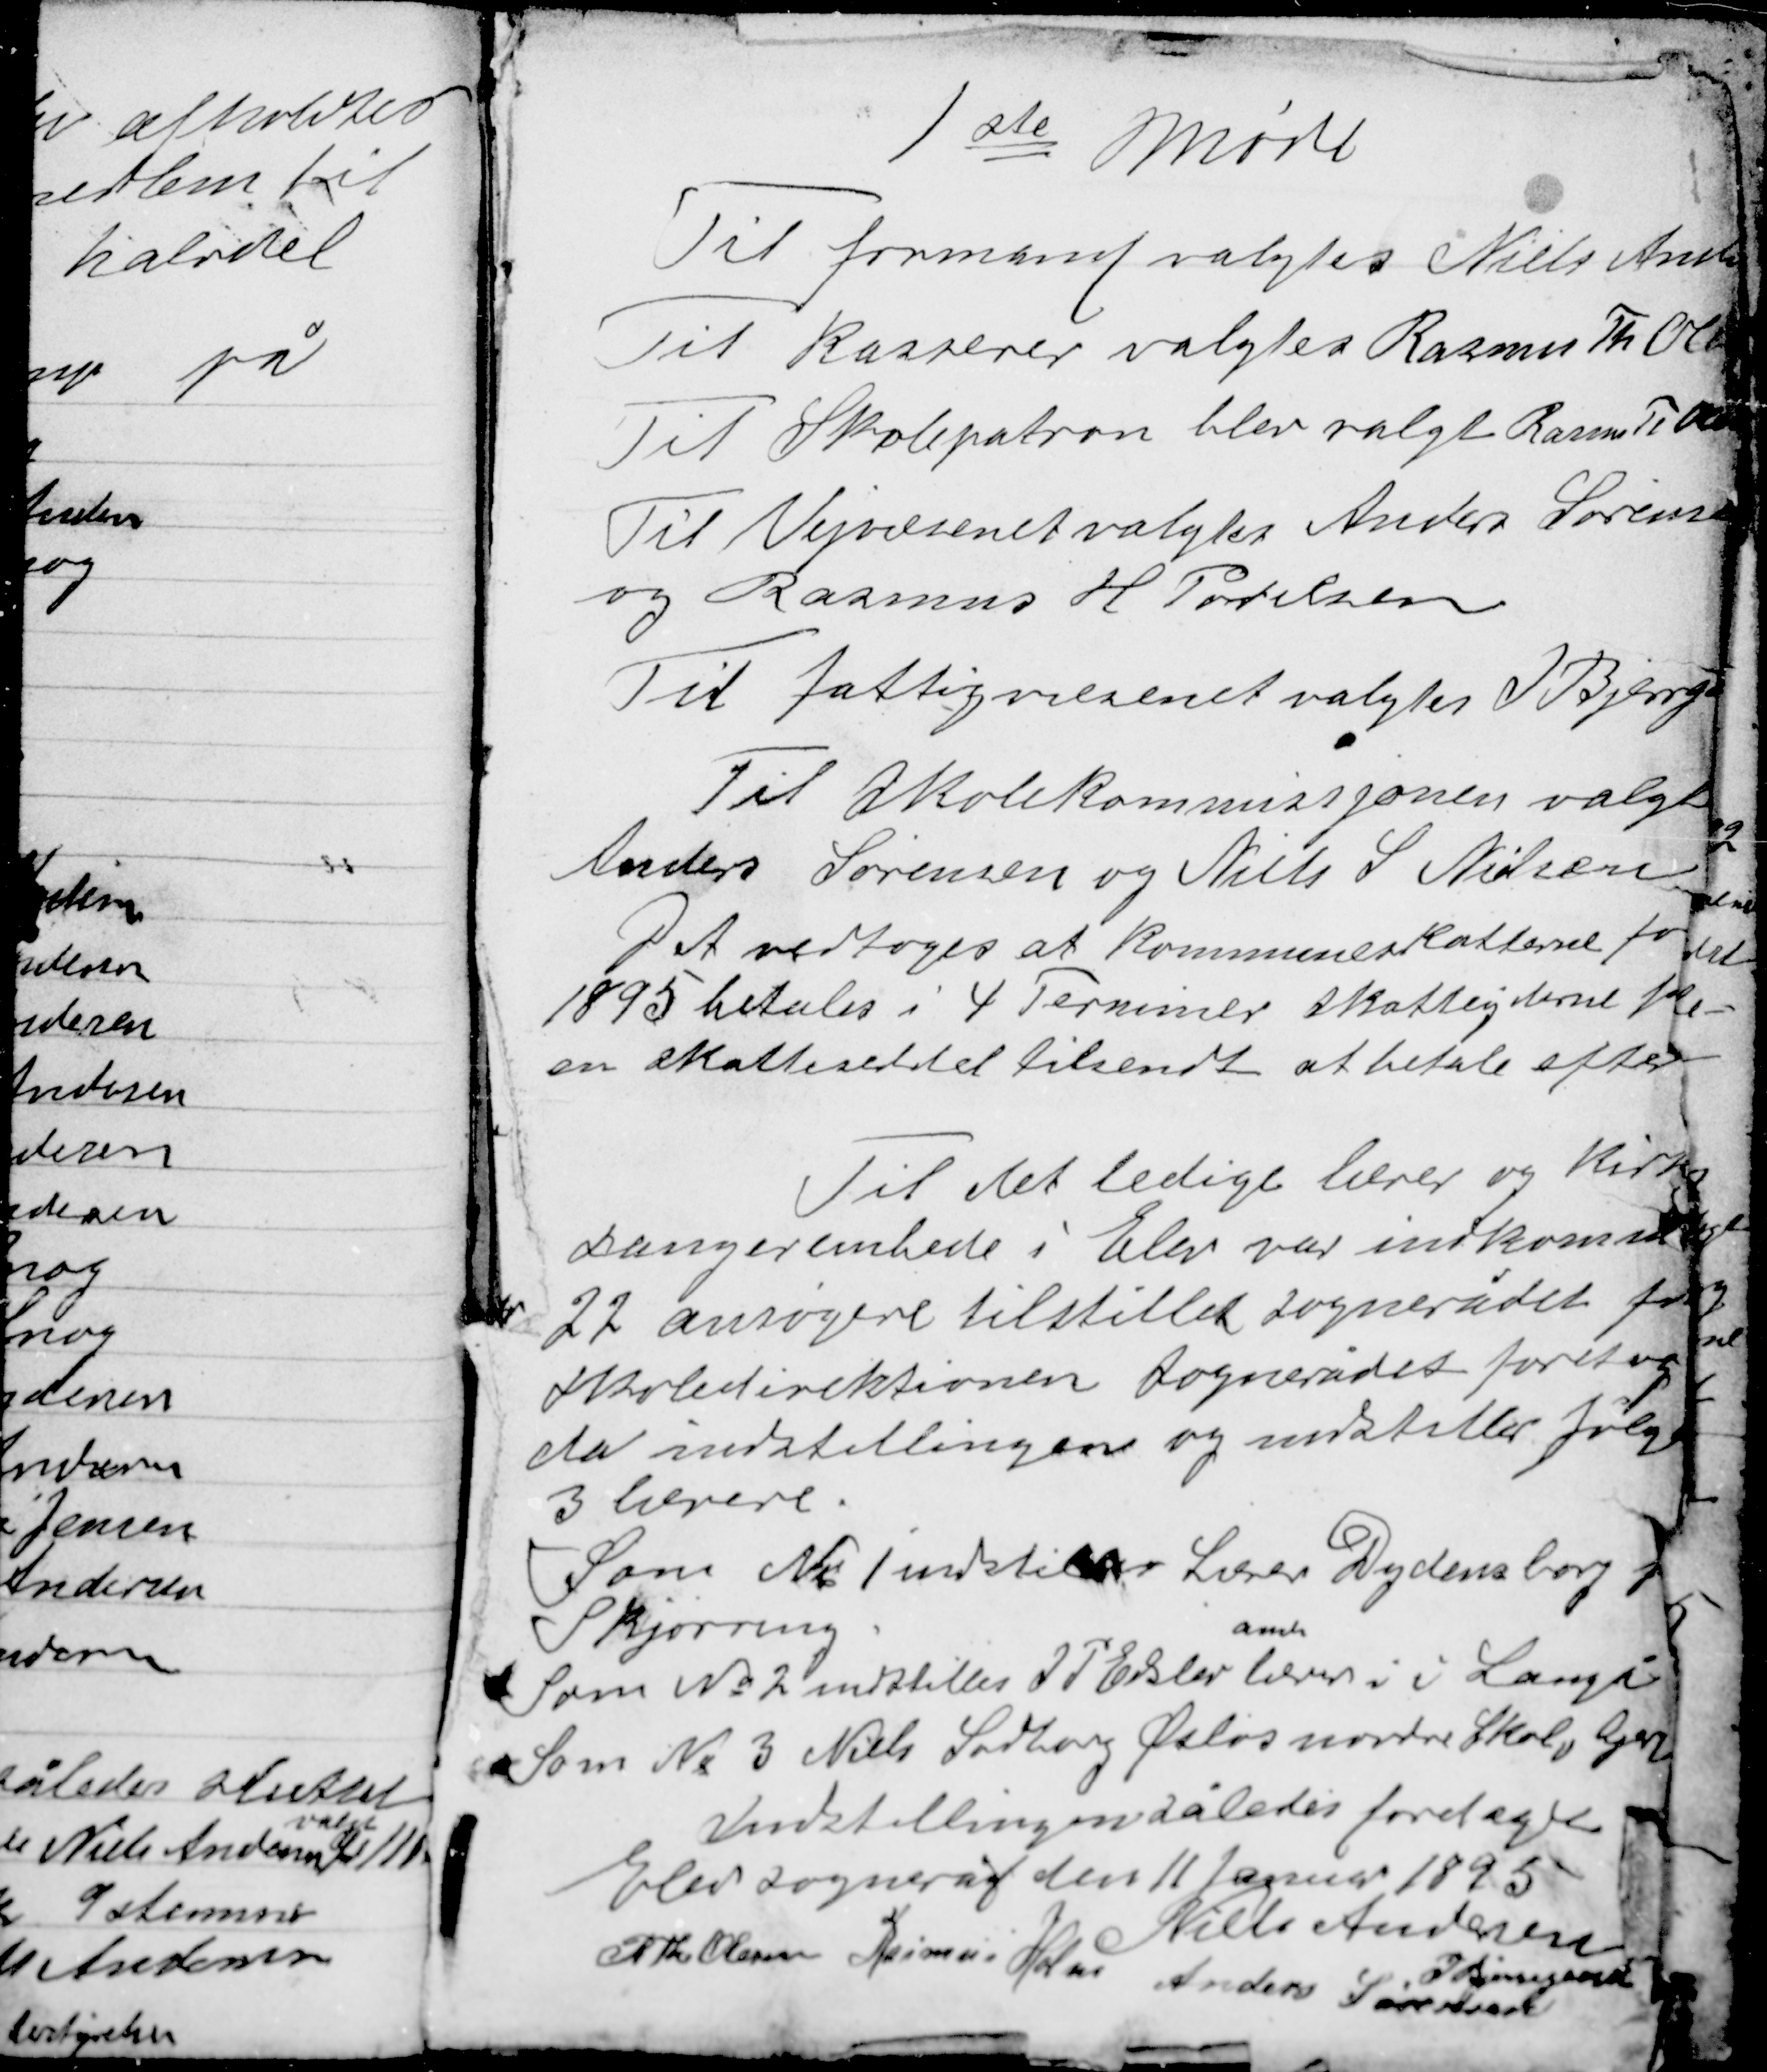
Transskription:
1 ste Møde

Til formand valgtes Niels Andersen
Til kasserer valgtes Rasmus Th Olesen
Til Skolepatron blev valgt Rasmus Th Olesen
Til Vejvæsenet valgtes Anders Sørensen
og Rasmus H Povelsen
Til fattigvæsenet valgtes J Bjerregård
Til Skolekommissjonen valgtes
Anders Sørensen og Niels S Nielsen
Det vedtoges at kommuneskatterne for
1895 betales i 4 Terminer skatteyderne får
en skatteseddel tilsendt at betale efter

Til det ledige lærer og Kirke-
sangerembede i Elev var indkommet
22 ansøgere tilstillet sognerådet for
Skoledirektionen Sognerådet foretog
da indstillingen og indstillede følgende
3 lærere.

Som No 1 indstilles Lasse Dydensborg fra
Skjørring
amh
Som No 2 indstilles I T Erslev lærer i i Langå
Som No 3 Niels Ladborg Øsløs vestre Skole Gjern

Indstillingen således foretaget
Elev sogneråd den 11 Januar 1895
Niels Andersen
I Bjerregaard
R Th Olesen
Rasmus Holm
Anders Sørensen